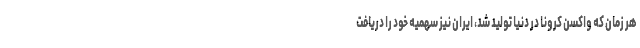
هر زمان که واکسن کرونا در دنیا تولید شد، ایران نیز سهمیه خود را دریافت